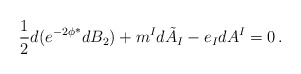
\begin{align*}\frac12 d (e^{-2 \phi} \rule{0pt}{10pt}^* d B_2 ) + m^I d \tilde A_I - e_I d A^I = 0 \, .\end{align*}